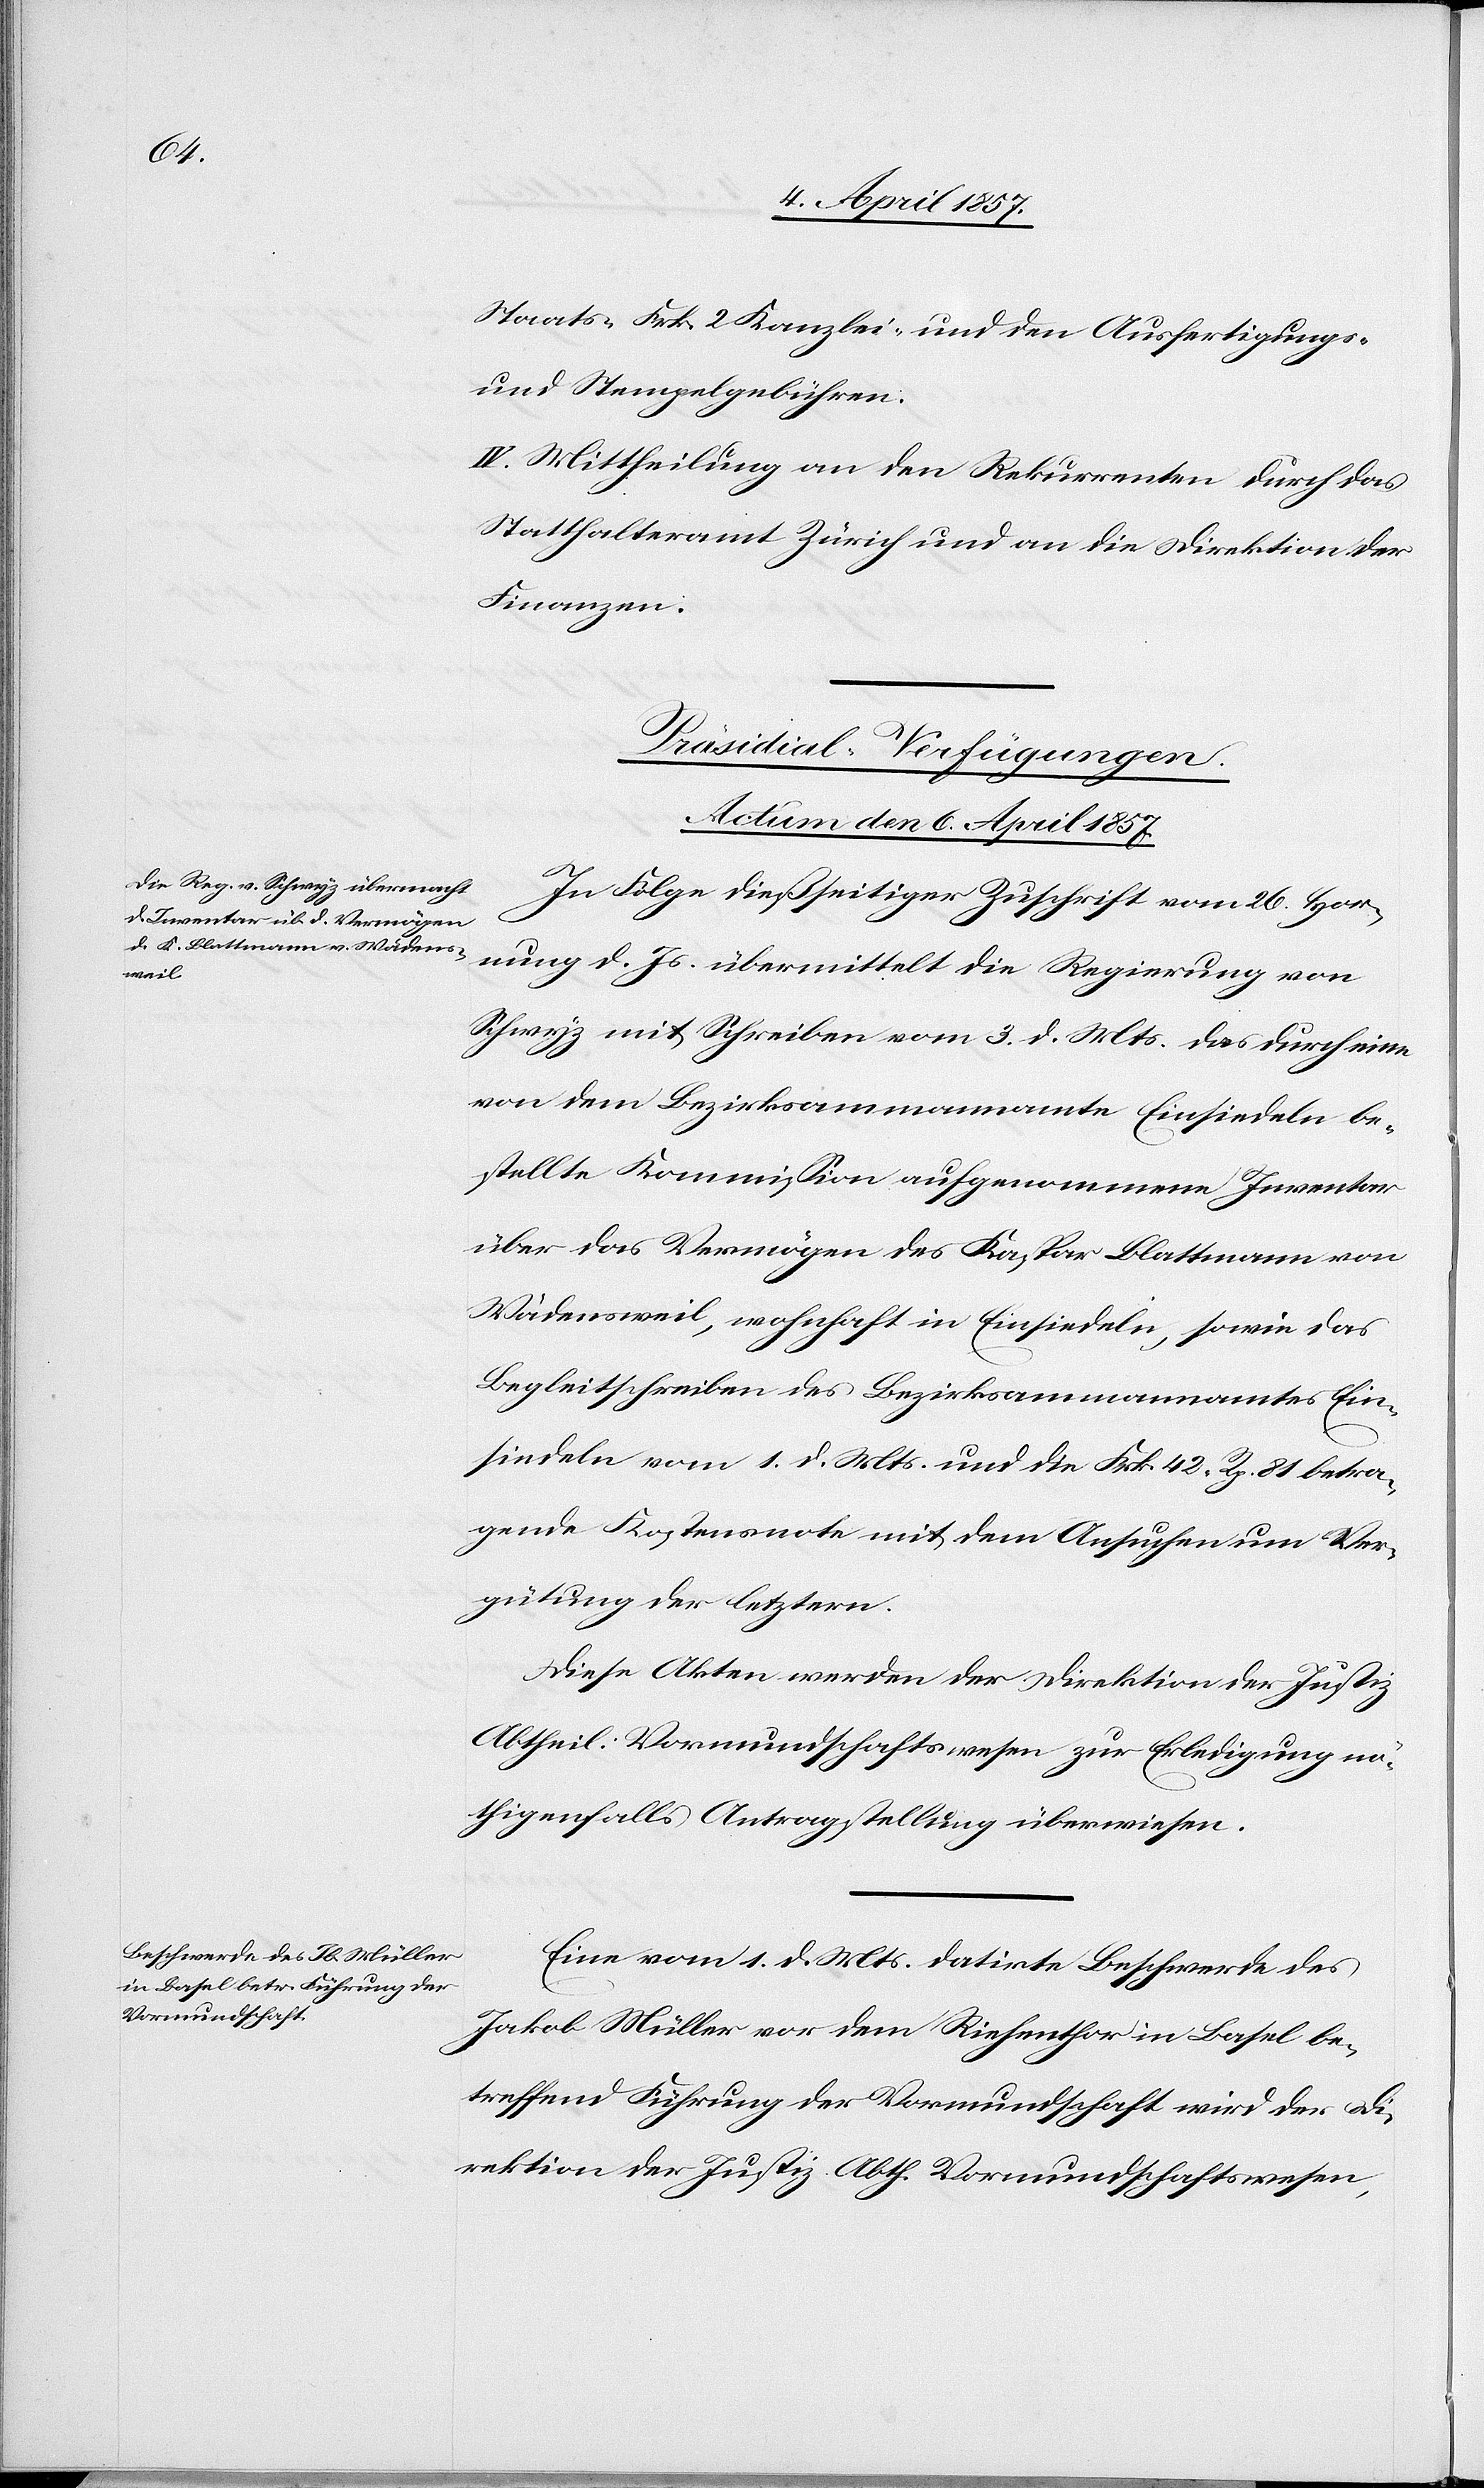
Staats-[,] Frk. 2 Kanzlei- und den Ausfertigungs-
und Stempelgebühren.
Mittheilung an den Rekurrenten durch das
Statthalteramt Zürich und an die Direktion der
Finanzen.
[Präsidial-Verfügungen.
Actum den 6. April 1857.]
In Folge dießseitiger Zuschrift vom 26. Hor¬
nung d. Js. übermittelt die Regierung von
Schwyz mit Schreiben vom 3. d. Mts. das durch eine
von dem Bezirksammannamte Einsiedeln be¬
stellte Kommission aufgenommene Inventar
über das Vermögen des Kaspar Blattmann von
Wädensweil, wohnhaft in Einsiedeln, sowie das
Begleitschreiben des Bezirksammannamtes Ein¬
siedeln vom 1. d. Mts. und die Frk. 42. Rp. 81 betra¬
gende Kostensnote mit dem Ansuchen um Ver¬
gütung der letztern.
Diese Akten werden der Direktion der Justiz
Abtheil: Vormundschaftswesen zur Erledigung nö¬
thigenfalls Antragstellung überwiesen.
Eine vom 1. d. Mts. datirte Beschwerde des
Jakob Müller vor dem Riehenthor in Basel be¬
treffend Führung der Vormundschaft wird der Di¬
rektion der Justiz Abth. Vormundschaftswesen,